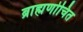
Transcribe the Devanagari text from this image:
ब्राह्मणोचित